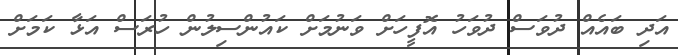
އަދި ބައެއް ދުވަސް ދުވަހު އޮފީހަށް ވަނުމަށް ކައުންސިލުން ހުރަސް އަޅާ ކަމަށް